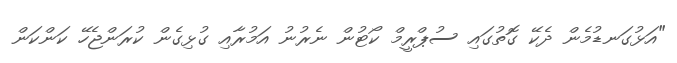
"އަޅުގަނޑުމެން ދެކޭ ގޮތުގައި ސުޕްރީމް ކޯޓުން ނެރުނު އަމުރާއި ގުޅިގެން ކުރަންޖެހޭ ކަންކަން